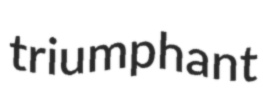
triumphant